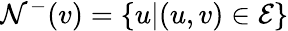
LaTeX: \mathcal{N}^{-}(v)=\{ u|(u,v)\in\mathcal{E}\}